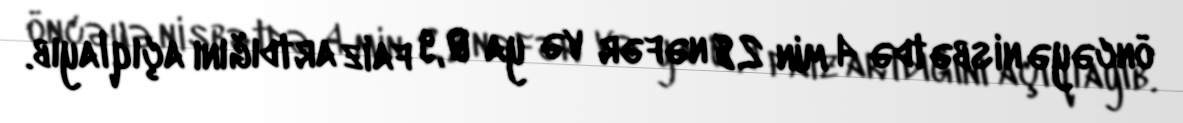
öncəyə nisbətdə 4 min 28 nəfər və ya 0,9 faiz artdığını açıqlayıb.